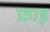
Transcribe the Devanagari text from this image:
फ़ाइ